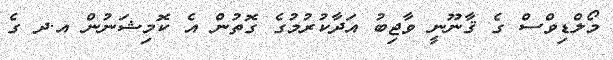
މޯލްޑިވްސް ގެ ޤާނޫނީ ވާޖިބު އަދާކުރުމުގެ ގޮތުން އެ ކޮމިޝަނުން އ.ދ ގެ